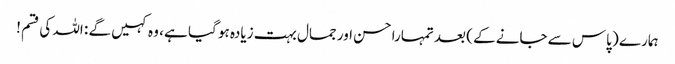
ہمارے ( پاس سے جانے کے ) بعد تمہارا حسن اور جمال بہت زیادہ ہو گیا ہے ، وہ کہیں گے : اللہ کی قسم !